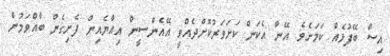
އިސް ބޭފުޅެއް ކަމަށެވެ. އޭނާ އެކަން ކަށަވަރުކޮށްދެއްވީ އޭއެންސީން އިއްޔެއިން ފެށިގެން ބާއްވަމުން